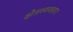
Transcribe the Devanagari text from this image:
क्षेत्रव्यवहारः